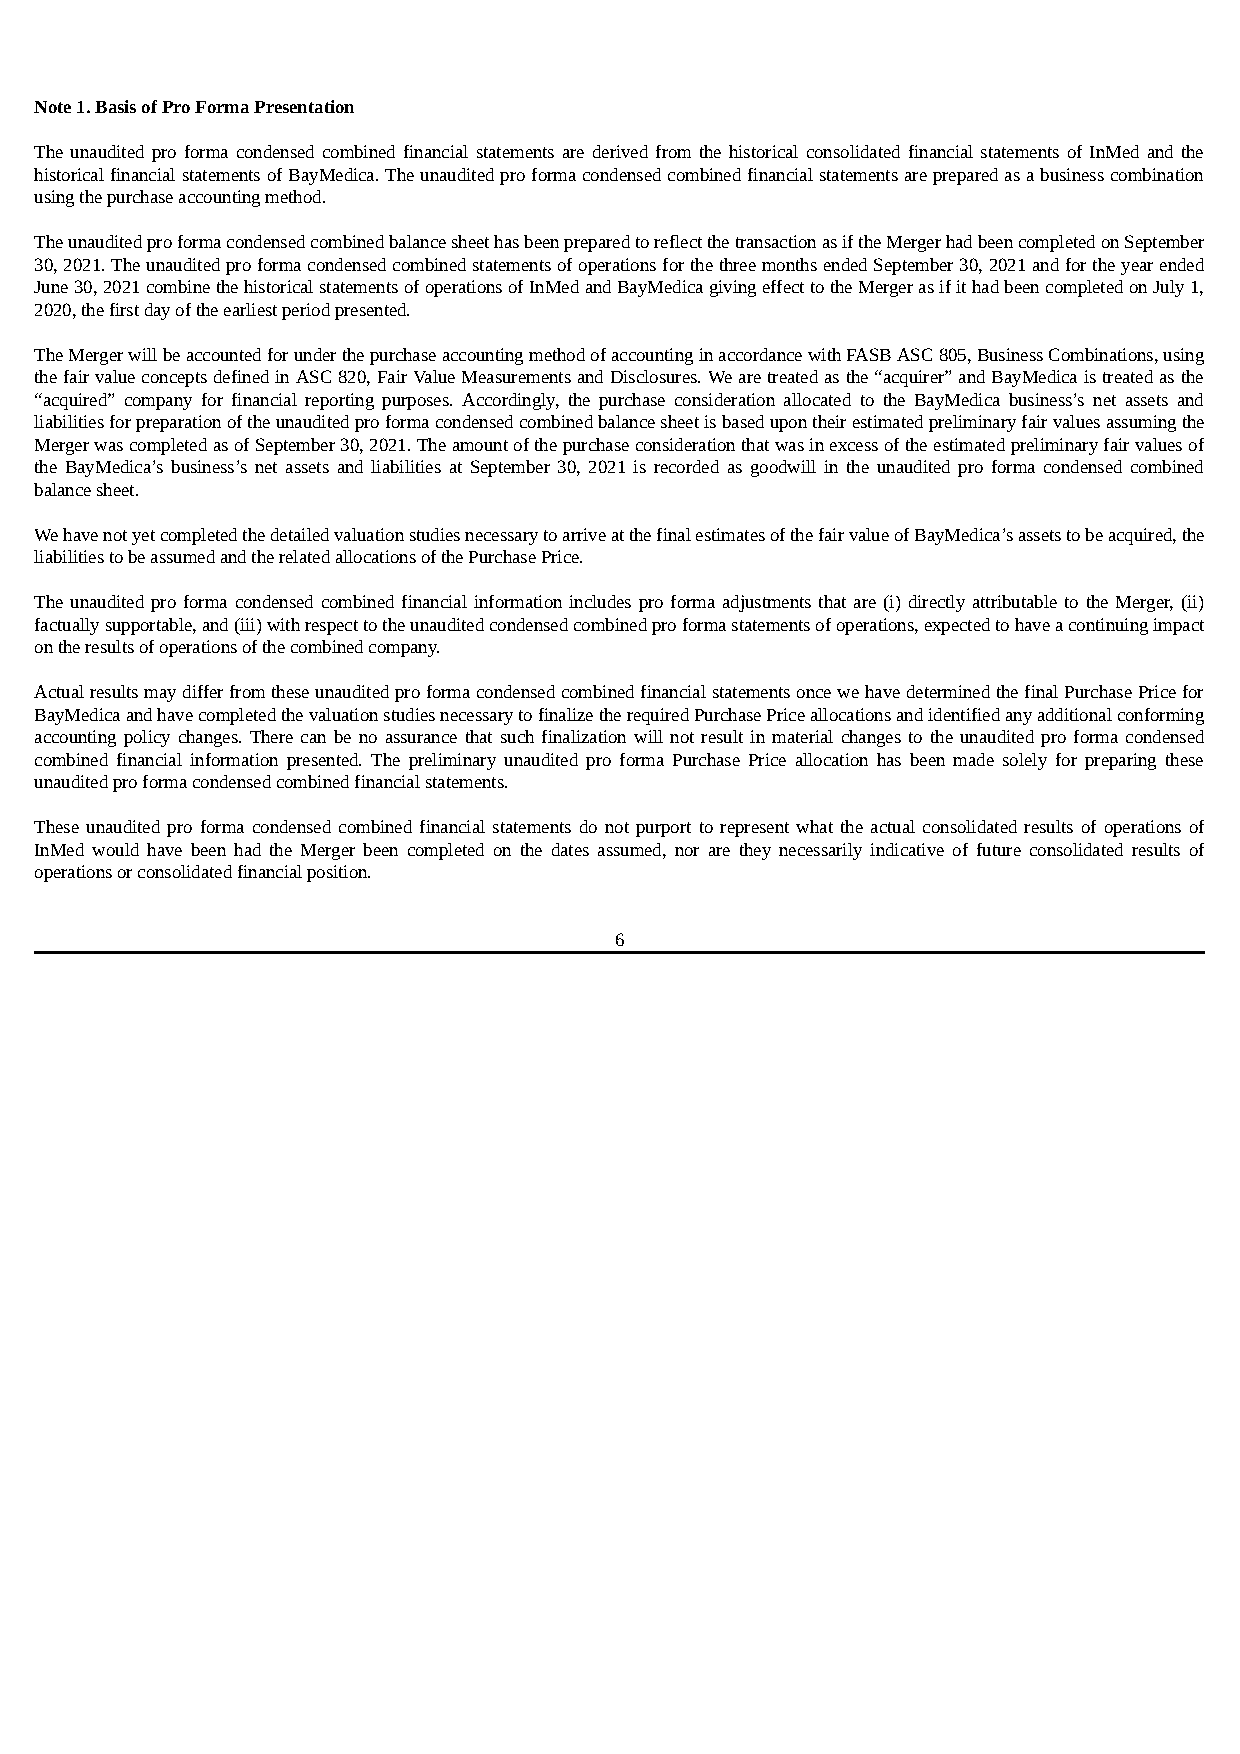
Note 1. Basis of Pro Forma Presentation
 The unaudited pro forma condensed combined financial statements are derived from the historical consolidated financial statements of InMed and the
 historical financial statements of BayMedica. The unaudited pro forma condensed combined financial statements are prepared as a business combination
 using the purchase accounting method.
 The unaudited pro forma condensed combined balance sheet has been prepared to reflect the transaction as if the Merger had been completed on September
 30, 2021. The unaudited pro forma condensed combined statements of operations for the three months ended September 30, 2021 and for the year ended
 June 30, 2021 combine the historical statements of operations of InMed and BayMedica giving effect to the Merger as if it had been completed on July 1,
 2020, the first day of the earliest period presented.
 The Merger will be accounted for under the purchase accounting method of accounting in accordance with FASB ASC 805, Business Combinations, using
 the fair value concepts defined in ASC 820, Fair Value Measurements and Disclosures. We are treated as the “acquirer” and BayMedica is treated as the
 “acquired” company for financial reporting purposes. Accordingly, the purchase consideration allocated to the BayMedica business’s net assets and
 liabilities for preparation of the unaudited pro forma condensed combined balance sheet is based upon their estimated preliminary fair values assuming the
 Merger was completed as of September 30, 2021. The amount of the purchase consideration that was in excess of the estimated preliminary fair values of
 the BayMedica’s business’s net assets and liabilities at September 30, 2021 is recorded as goodwill in the unaudited pro forma condensed combined
 balance sheet.
 We have not yet completed the detailed valuation studies necessary to arrive at the final estimates of the fair value of BayMedica’s assets to be acquired, the
 liabilities to be assumed and the related allocations of the Purchase Price.
 The unaudited pro forma condensed combined financial information includes pro forma adjustments that are (i) directly attributable to the Merger, (ii)
 factually supportable, and (iii) with respect to the unaudited condensed combined pro forma statements of operations, expected to have a continuing impact
 on the results of operations of the combined company.
 Actual results may differ from these unaudited pro forma condensed combined financial statements once we have determined the final Purchase Price for
 BayMedica and have completed the valuation studies necessary to finalize the required Purchase Price allocations and identified any additional conforming
 accounting policy changes. There can be no assurance that such finalization will not result in material changes to the unaudited pro forma condensed
 combined financial information presented. The preliminary unaudited pro forma Purchase Price allocation has been made solely for preparing these
 unaudited pro forma condensed combined financial statements.
 These unaudited pro forma condensed combined financial statements do not purport to represent what the actual consolidated results of operations of
 InMed would have been had the Merger been completed on the dates assumed, nor are they necessarily indicative of future consolidated results of
 operations or consolidated financial position.
 6